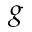
g